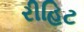
રીહિટ